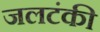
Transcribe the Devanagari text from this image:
जलटंकी